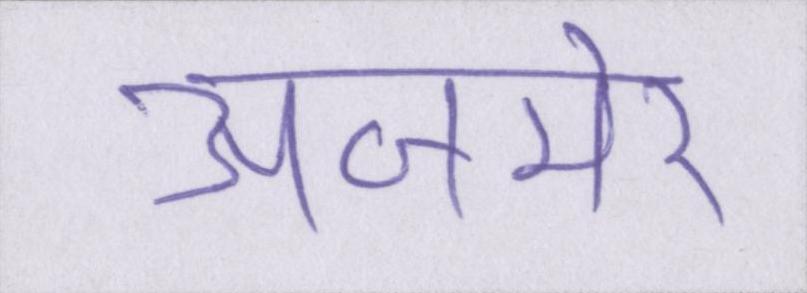
अजमेर